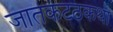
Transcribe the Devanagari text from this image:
जातकटठकथा